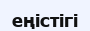
еңістігі